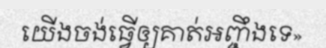
យើងចង់ធ្វើឲ្យគាត់អញ្ចឹងទេ»